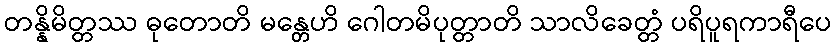
တန္နိမိတ္တဿ ဓုတောတိ မန္တေဟိ ဂေါတမိပုတ္တာတိ သာလိခေတ္တံ ပရိပူရကာရီပေ